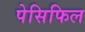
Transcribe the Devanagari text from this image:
पेसिफिल